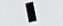
-